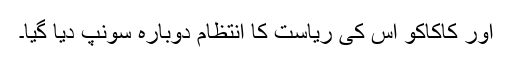
اور کاکاکو اس کی ریاست کا انتظام دوبارہ سونپ دیا گیا۔